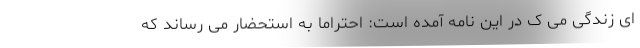
ای زندگی می ک در این نامه آمده است: احتراماً به استحضار می رساند که